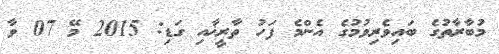
މުބާރާތުގެ ބައިވެރިވުމުގެ އެންމެ ފަހު ތާރީޚާއި ގަޑި: 2015 މޭ 07 ވާ